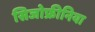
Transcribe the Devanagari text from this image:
सिजोफ्रीनिया